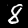
Label: 8